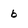
Character: b